Vaccination report Assam 1896-1927 - 1896-1927
Year: 1896
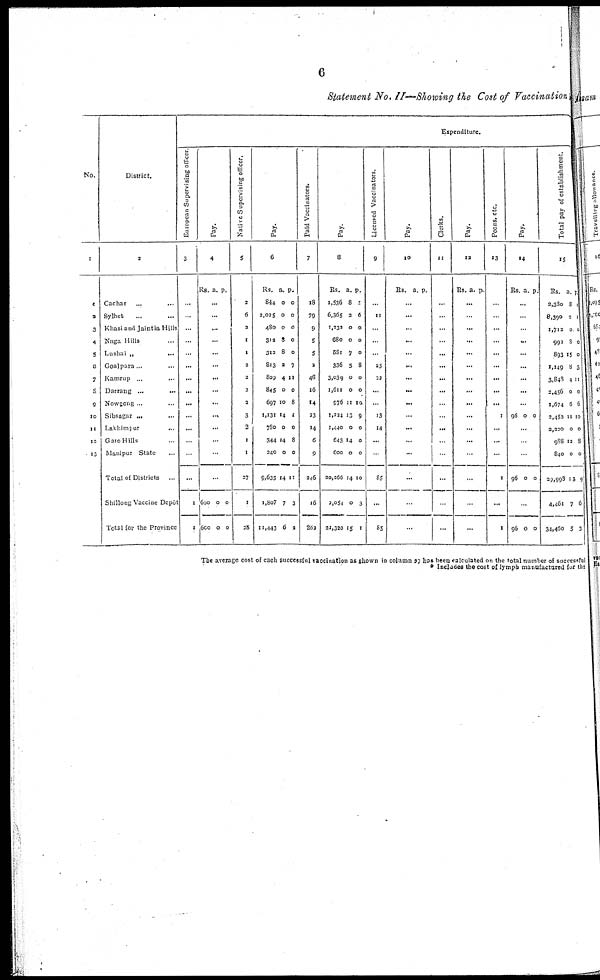
6
Statement No. II— Showing the Cost of Vaccination
No.
1
1
2
3
4
5
6
7
8
5
10
11
12
13
District.
2
Cachar
...
...
Sylhet ... ...
Khasi and Jaintia Hills
Naga Hills ...
Lushai „
...
Goal para ... ...
Kamrup
..
...
Darrang ... ...
Nowgong . ...
Sibsagar ... ...
Lakhimpur
...
GaroHills ...
Munipur State ...
Total of Districts ...
Shillong Vaccine Depôt
Total for the Province
Expenditure.
European Supervising officer.
3
...
...
...
...
...
...
...
...
...
...
...
...
...
...
1
1
Pay.
4
Rs. a. p.
...
...
...
...
...
...
...
...
...
...
...
...
...
...
600
600
0
0
0
0
Native Supervising officer.
5
2
6
2
1
1
2
2
3
2
3
2
1
1
27
1
28
Pay.
6
Rs.
844
2,025
480
312
312
813
809
845
697
1,131
780
344
240
9,635
1,807
11,443
a.
0
0
0
8
8
2
4
0
10
14
0
14
0
14
7
6
p.
0
0
0
0
0
7
11
0
8
1
0
8
0
11
3
2
Paid Vaccinators.
7
18
79
9
5
5
2
46
16
14
23
14
6
9
246
16
262
Pay.
8
Rs.
1,536
6,365
1,232
680
581
336
3,039
1,611
976
1,224
1,440
643
600
20,266
2,054
22,320
a.
8
2
0
0
7
5
0
0
11
13
0
14
0
14
0
15
p.
1
6
0
0
0
8
0
0
10
9
0
0
0
10
3
1
Licensed Vaccinators.
9
...
11
...
...
...
25
22
...
...
13
14
...
.
85
...
85
Pay.
10
Rs. a. p.
...
...
...
...
...
...
...
...
...
...
...
...
...
...
...
...
Clerks.
11
...
...
...
...
...
...
...
...
...
...
...
...
..
...
...
...
Pay.
12
Rs. a. p.
...
...
...
...
...
...
...
...
...
...
...
...
...
...
...
...
Peons, etc.
13
...
...
...
...
...
...
...
...
...
1
...
...
...
1
...
1
Pay.
14
Rs. a. p.
...
...
...
...
...
...
...
...
...
96 0 0
...
...
...
96 0 0
...
96 0 0
Total pay of establishment.
15
Rs.
2,380
8,390
1,712
992
893
1,149
3,848
2,456
1,674
2,452
2,220
988
840
29,998
4,461
34,460
a.
8
2
0
8
15
8
4
0
6
11
0
12
0
13
7
5
p.
1
1
0
0
0
3
11
0
6
10
0
8
0
9
6
3
The average cost of each successful vaccination as shown in column 27 has been calculated on the total number of successful
* Includes the cost of lymph manufactured for the